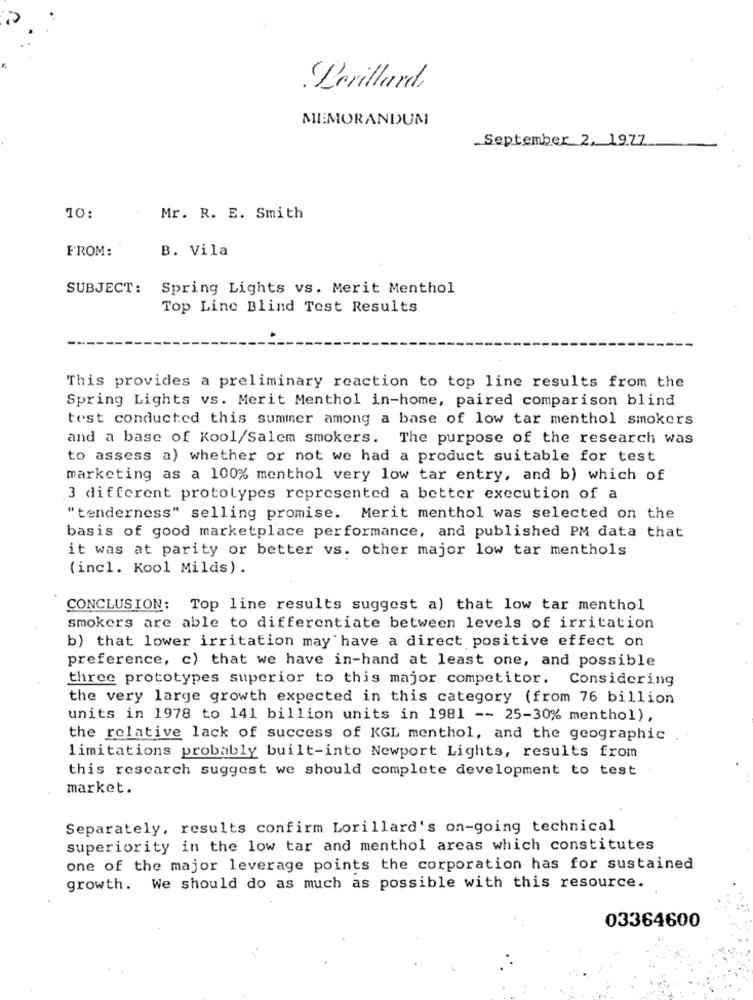
.Levillard,
MEMORANDUM
September 2, 1977
10:
Mr. R. E. Smith
FROM:
B. Vila
SUBJECT:
Spring Lights vs. Merit Menthol
Top Line Blind Test Results
This provides a preliminary reaction to top line results from the
Spring Lights vs. Merit Menthol in-home, paired comparison blind
test conducted this summer among a base of low tar menthol smokers
and a base of Kool/Salem smokers. The purpose of the research was
to assess a) whether or not we had a product suitable for test
marketing as a 100% menthol very low tar entry, and b) which of
3 different prototypes represented a better execution of a
"tenderness" selling promise. Merit menthol was selected on the
basis of good marketplace performance, and published PM data that
it was at parity or better vs. other major low tar menthols
(incl. Kool Milds) .
CONCLUSION: Top line results suggest a) that low tar menthol
smokers are able to differentiate between levels of irritation
b) that lower irritation may have a direct positive effect on
preference, c) that we have in-hand at least one, and possible
three prototypes superior to this major competitor. Considering
the very large growth expected in this category (from 76 billion
units in 1978 to 141 billion units in 1981 -- 25-30% menthol),
the relative lack of success of KGL menthol, and the geographic
limitations probably built-into Newport Lights, results from
this research suggest we should complete development to test
market.
Separately, results confirm Lorillard's on-going technical
superiority in the low tar and menthol areas which constitutes
one of the major leverage points the corporation has for sustained
growth. We should do as much as possible with this resource.
03364600